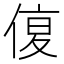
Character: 𠋩